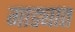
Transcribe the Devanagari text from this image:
गाड्यात